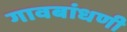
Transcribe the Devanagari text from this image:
गावबांधणी